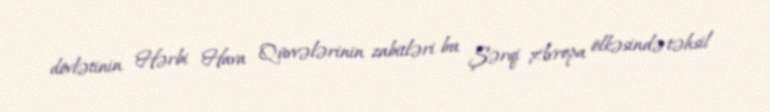
dövlətinin Hərbi Hava Qüvvələrinin zabitləri bu Şərqi Avropa ölkəsində təhsil